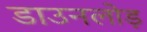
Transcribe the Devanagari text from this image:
डाउनलोड़